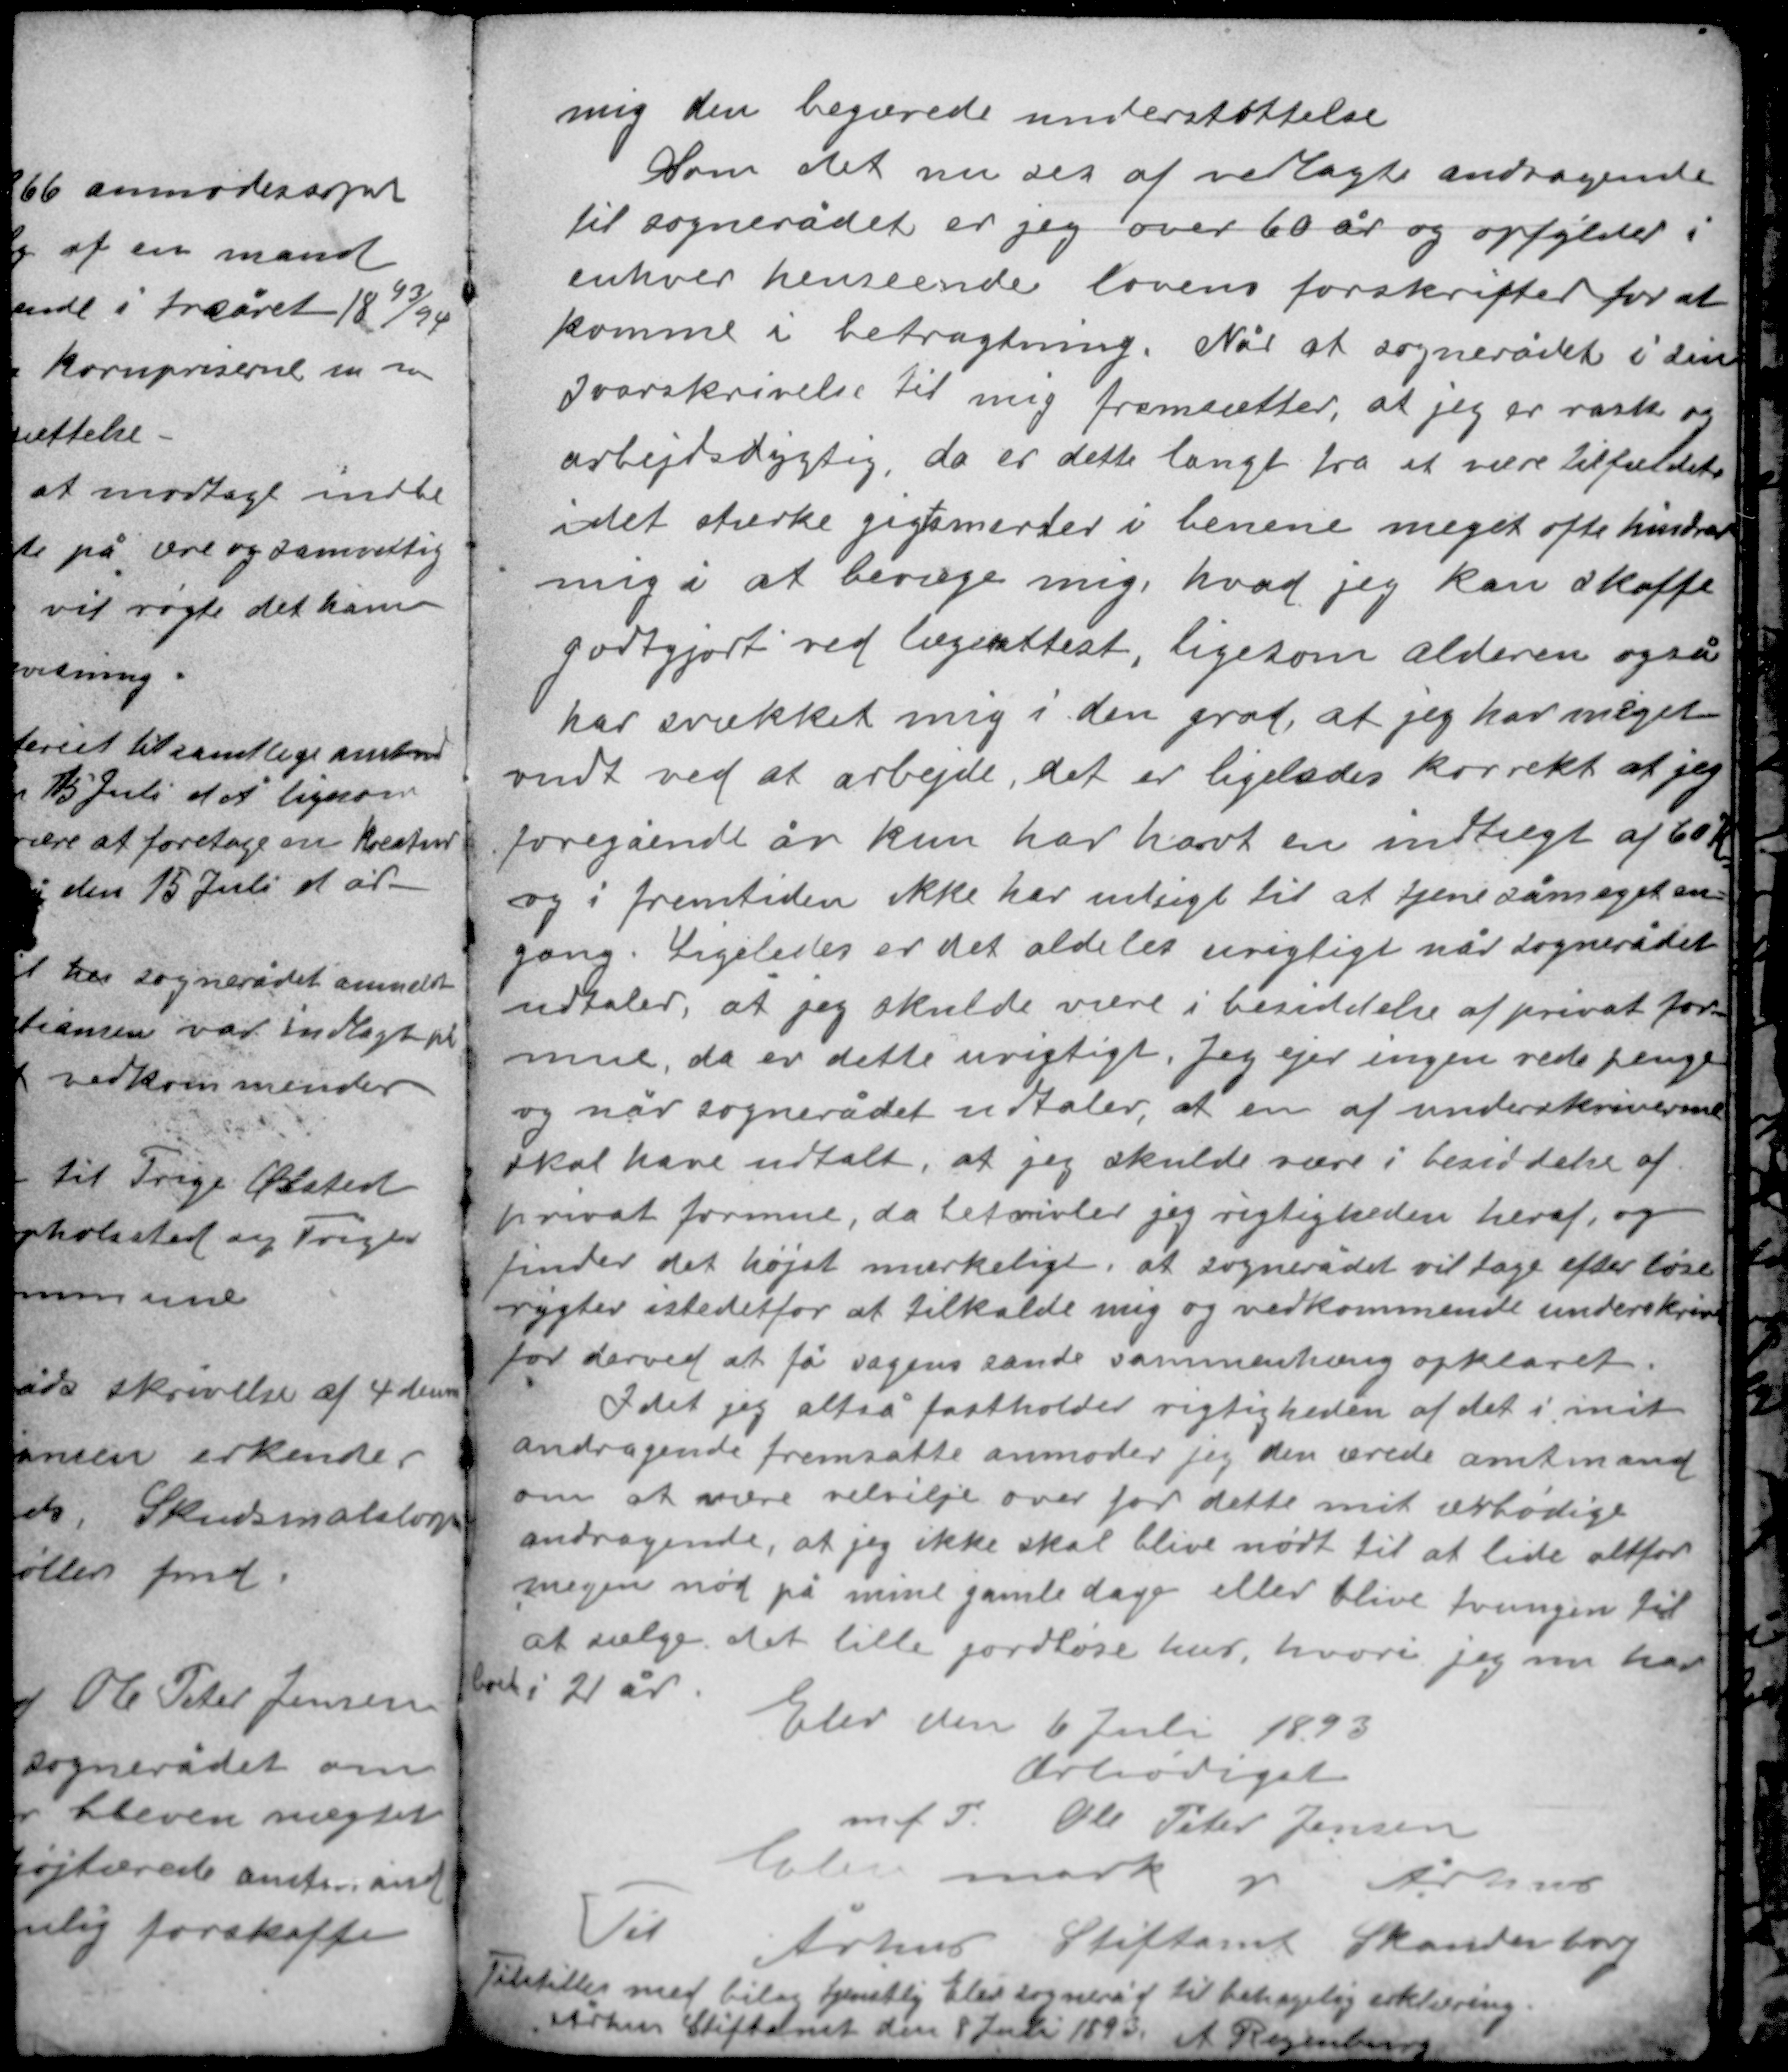
Transskription:
mig den begærede understøttelse
Som det nu ses af vedlagte andragende
til sognerådet er jeg over 60 år og opfylder i
enhver henseende lovens forskrifter for at
komme i betragtning. Når at sognerådet i sin
svarskrivelse til mig fremsætter, at jeg er rask og
arbejdsdygtig, da er dette langt fra at være tilfældet
idet stærke gigtsmerter i benene meget ofte hindrer
mig i at bevæge mig, hvad jeg kan skaffe
godtgjort ved lægeattest, ligesom alderen også

har svækket mig i den grad, at jeg har meget
ondt ved at arbejde, det er ligeledes korrekt at jeg
foregående år kun har havt en indtægt af 60 Kr
og i fremtiden ikke har udsigt til at tjene så meget en-
gang. Ligeledes er det aldeles urigtigt når sognerådet
udtaler, at jeg skulde være i besiddelse af privat for-
mue, da er dette urigtigt. Jeg ejer ingen rede penge
og når sognerådet udtaler, at en af underskriverne
skal have udtalt, at jeg skulde være i besiddelse af

privat formue, da betvivler jeg rigtigheden heraf og
finder det højst mærkeligt, at sognerådet vil tage efter løse
rygter istedetfor at tilkalde mig og vedkommende underskriver
for derved at få sagens sande sammenhæng opklaret.
Idet jeg altså fastholder rigtigheden af det i mit
andragende fremsatte anmoder jeg den ærede amtsmand
om at nære velvilje over for dette mit ærbødige
andragende, at jeg ikke skal blive nødt til at lide altfor
megen nød på mine gamle dage eller blive tvungen til
at sælge det lillejordløse hus, hvori jeg nu har

boet i 21 år.

Elev den 6 Juli 1893
Ærbødigst
m.f.T Ole Peter Jensen
Elev mark pr Århus

Til
Århus Stiftamt Skanderborg
Tilstilles med bilag tjenstlig Elev sogneråd til behagelig erklæring
Århus Stiftamt den 8 Juli 1893 A Regenburg